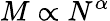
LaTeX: M\propto N^{\alpha}